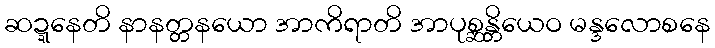
ဆဍ္ဍနေတိ နာနတ္တနယော အာကိရာတိ အာပုစ္ဆန္တိယေဝ မန္ဒလောစနေ